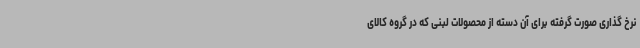
نرخ گذاری صورت گرفته برای آن دسته از محصولات لبنی که در گروه کالای